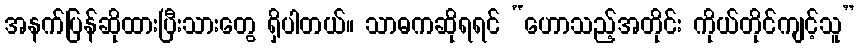
အနက်ပြန်ဆိုထားပြီးသားတွေ ရှိပါတယ်။ သာဓကဆိုရရင် “ဟောသည့်အတိုင်း ကိုယ်တိုင်ကျင့်သူ”